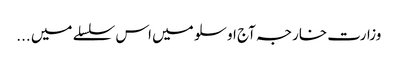
وزارت خارجہ آج اوسلو میں اس سلسلے میں ...